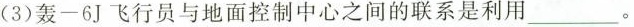
(3)轰-6J飞行员与地面控制中心之间的联系是利用___。